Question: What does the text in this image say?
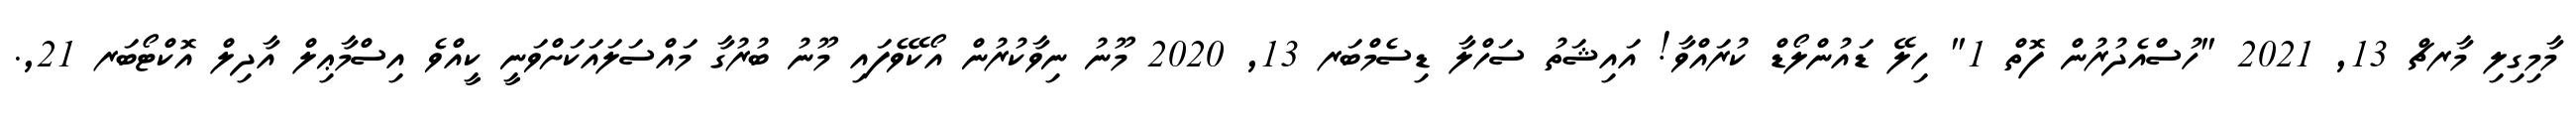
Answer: މާމިގިލި މާރޗް 13, 2021 "ހުސްއެދުރުން ފޮތް 1" ހިލޭ ޑައުންލޯޑް ކުރައްވާ! އައިޝަތު ސަހްލާ ޑިސެމްބަރ 13, 2020 މޫނު ނިވާކުރުން އޯކޭވެފައި މޫނު ބުރުގާ މައްސަލައަކަށްވަނީ ކީއްވެ އިސްމާޢިލް އާދިލް އޮކްޓޯބަރ 21,.